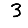
Digit: 3